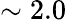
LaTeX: \sim 2.0